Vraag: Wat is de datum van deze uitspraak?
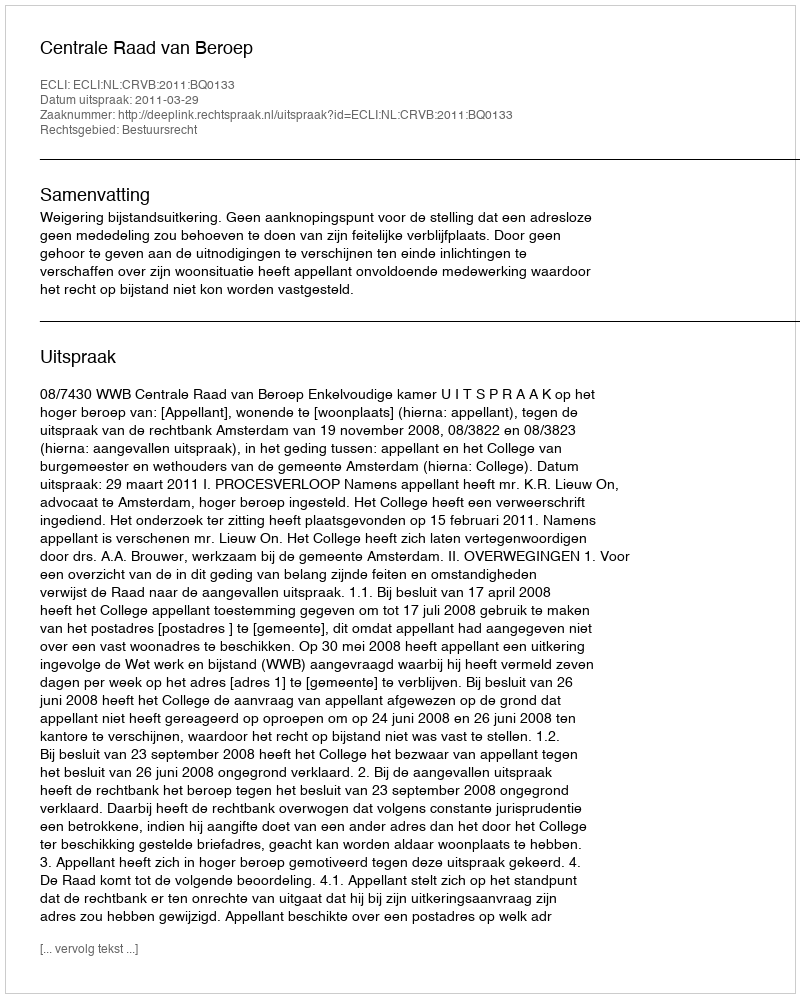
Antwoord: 2011-03-29